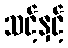
သင့်နှင့်